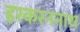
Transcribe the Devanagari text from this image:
हरकरननाथ